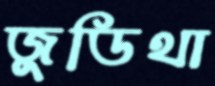
জুডিথা